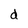
Character: d